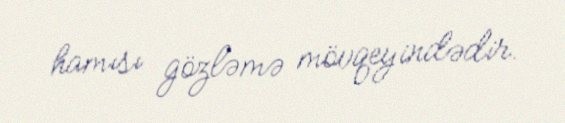
hamısı gözləmə mövqeyindədir.